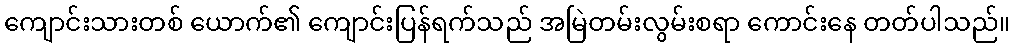
ကျောင်းသားတစ် ယောက်၏ ကျောင်းပြန်ရက်သည် အမြဲတမ်းလွမ်းစရာ ကောင်းနေ တတ်ပါသည်။